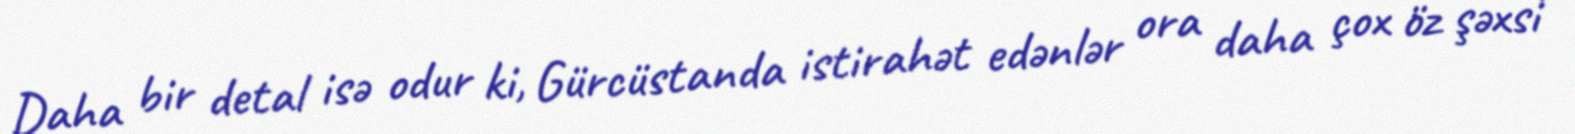
Daha bir detal isə odur ki, Gürcüstanda istirahət edənlər ora daha çox öz şəxsi